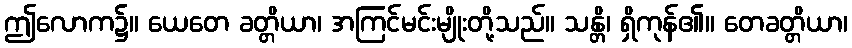
ဤလောက၌။ ယေတေ ခတ္တိယာ၊ အကြင်မင်းမျိုးတို့သည်။ သန္တိ၊ ရှိကုန်၏။ တေခတ္တိယာ၊